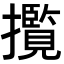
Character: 𭣄